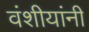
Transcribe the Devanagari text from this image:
वंशीयांनी